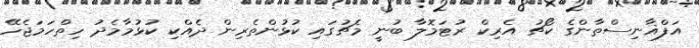
އަފްޣާނިސްތާންގެ ކޯޗު އެރިކް ރުޓަމޮލާ ބުނީ މެޗުގައި ކުޅުންތެރިން ދެއްކި ކުޅުމާމެދު ހިތްހަމަޖެހޭ